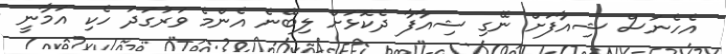
އެހެނަސް ޝިއާފަށް ނޭގި ޝިއާފާ ދެކޮޅަށް ލިބޭނެ އެންމެ ވަރުގަދަ ހެކި އަމާނީ